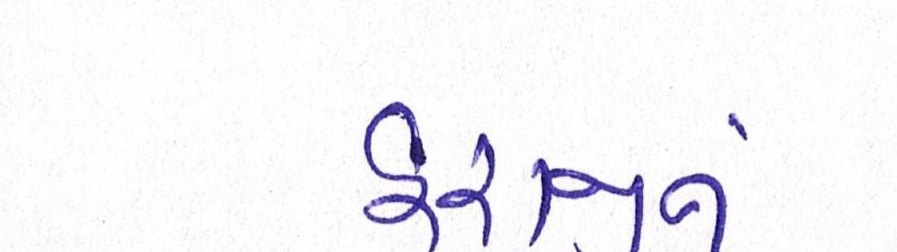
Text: હરાજીનું